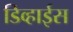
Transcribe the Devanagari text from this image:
डिव्हाईस